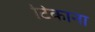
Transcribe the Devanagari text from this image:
टिकाना